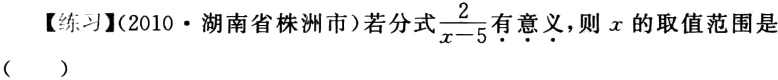
【练习】(2010·湖南省株洲市)若分式$\frac{2}{x - 5}$有意义，则\(x\)的取值范围是（  ）